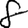
Digit: 8